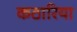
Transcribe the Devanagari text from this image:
कठारिया